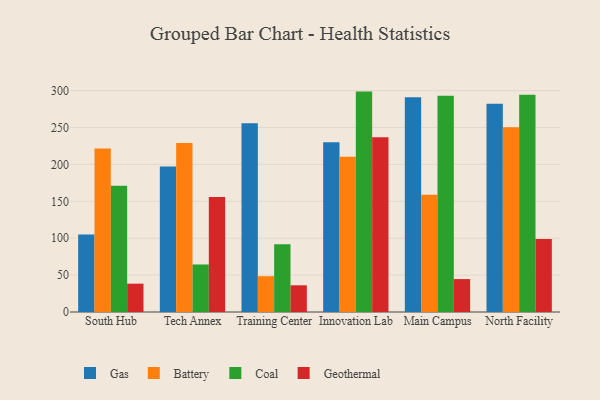
{"axis": {"x": "Campus", "y": "Waste Production (Tons)"}, "legend": ["Battery", "Coal", "Gas", "Geothermal"], "data": [{"x": "South Hub", "y": 105.1, "type": "Gas"}, {"x": "South Hub", "y": 221.5, "type": "Battery"}, {"x": "South Hub", "y": 171.0, "type": "Coal"}, {"x": "South Hub", "y": 38.4, "type": "Geothermal"}, {"x": "Tech Annex", "y": 197.3, "type": "Gas"}, {"x": "Tech Annex", "y": 229.2, "type": "Battery"}, {"x": "Tech Annex", "y": 64.4, "type": "Coal"}, {"x": "Tech Annex", "y": 155.7, "type": "Geothermal"}, {"x": "Training Center", "y": 255.9, "type": "Gas"}, {"x": "Training Center", "y": 48.5, "type": "Battery"}, {"x": "Training Center", "y": 91.7, "type": "Coal"}, {"x": "Training Center", "y": 36.2, "type": "Geothermal"}, {"x": "Innovation Lab", "y": 230.0, "type": "Gas"}, {"x": "Innovation Lab", "y": 210.4, "type": "Battery"}, {"x": "Innovation Lab", "y": 298.7, "type": "Coal"}, {"x": "Innovation Lab", "y": 236.7, "type": "Geothermal"}, {"x": "Main Campus", "y": 291.1, "type": "Gas"}, {"x": "Main Campus", "y": 158.8, "type": "Battery"}, {"x": "Main Campus", "y": 293.1, "type": "Coal"}, {"x": "Main Campus", "y": 44.6, "type": "Geothermal"}, {"x": "North Facility", "y": 282.1, "type": "Gas"}, {"x": "North Facility", "y": 250.5, "type": "Battery"}, {"x": "North Facility", "y": 294.6, "type": "Coal"}, {"x": "North Facility", "y": 98.9, "type": "Geothermal"}]}